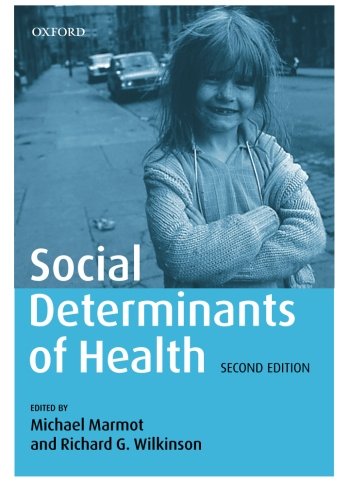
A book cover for Social Determinants of Health; Medical Books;